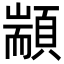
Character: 顓